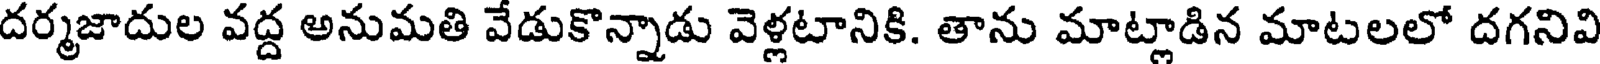
దర్మజాదుల వద్ద అనుమతి వేడుకొన్నాడు వెళ్లటానికి. తాను మాట్లాడిన మాటలలో దగనివి